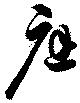
應